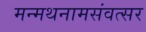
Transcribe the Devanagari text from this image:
मन्मथनामसंवत्सर